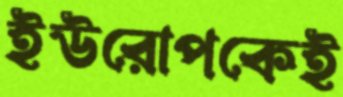
ইউরোপকেই